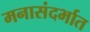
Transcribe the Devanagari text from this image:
मनासंदर्भात